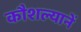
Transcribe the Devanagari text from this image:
कौशल्यानें